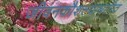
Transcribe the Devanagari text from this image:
जीवनकौशल्याधारित